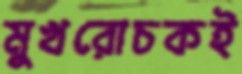
মুখরোচকই